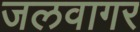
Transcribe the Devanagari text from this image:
जलवागर